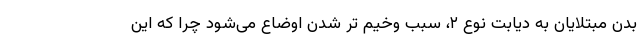
بدن مبتلایان به دیابت نوع ۲، سبب وخیم تر شدن اوضاع می‌شود چرا که این